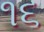
૧૬